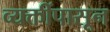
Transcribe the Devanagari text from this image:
व्यक्तींपासून